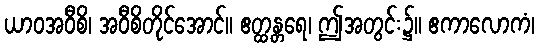
ယာဝအဝီစိ၊ အဝီစိတိုင်အောင်။ ဧတ္ထန္တရေ၊ ဤအတွင်း၌။ ဧကာလောကံ၊